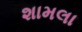
શામલા